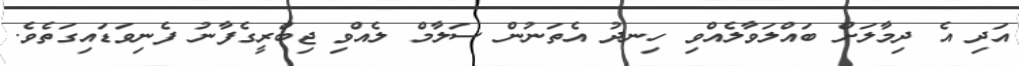
އަދި އެ ދިމާލަށް ބައްލަވާލެއްވި ހިނދު އެތަނުން ސަލާމް ލެއްވި ޖިބްރީގެފާނު ފެނިވަޑައިގަތެވެ.